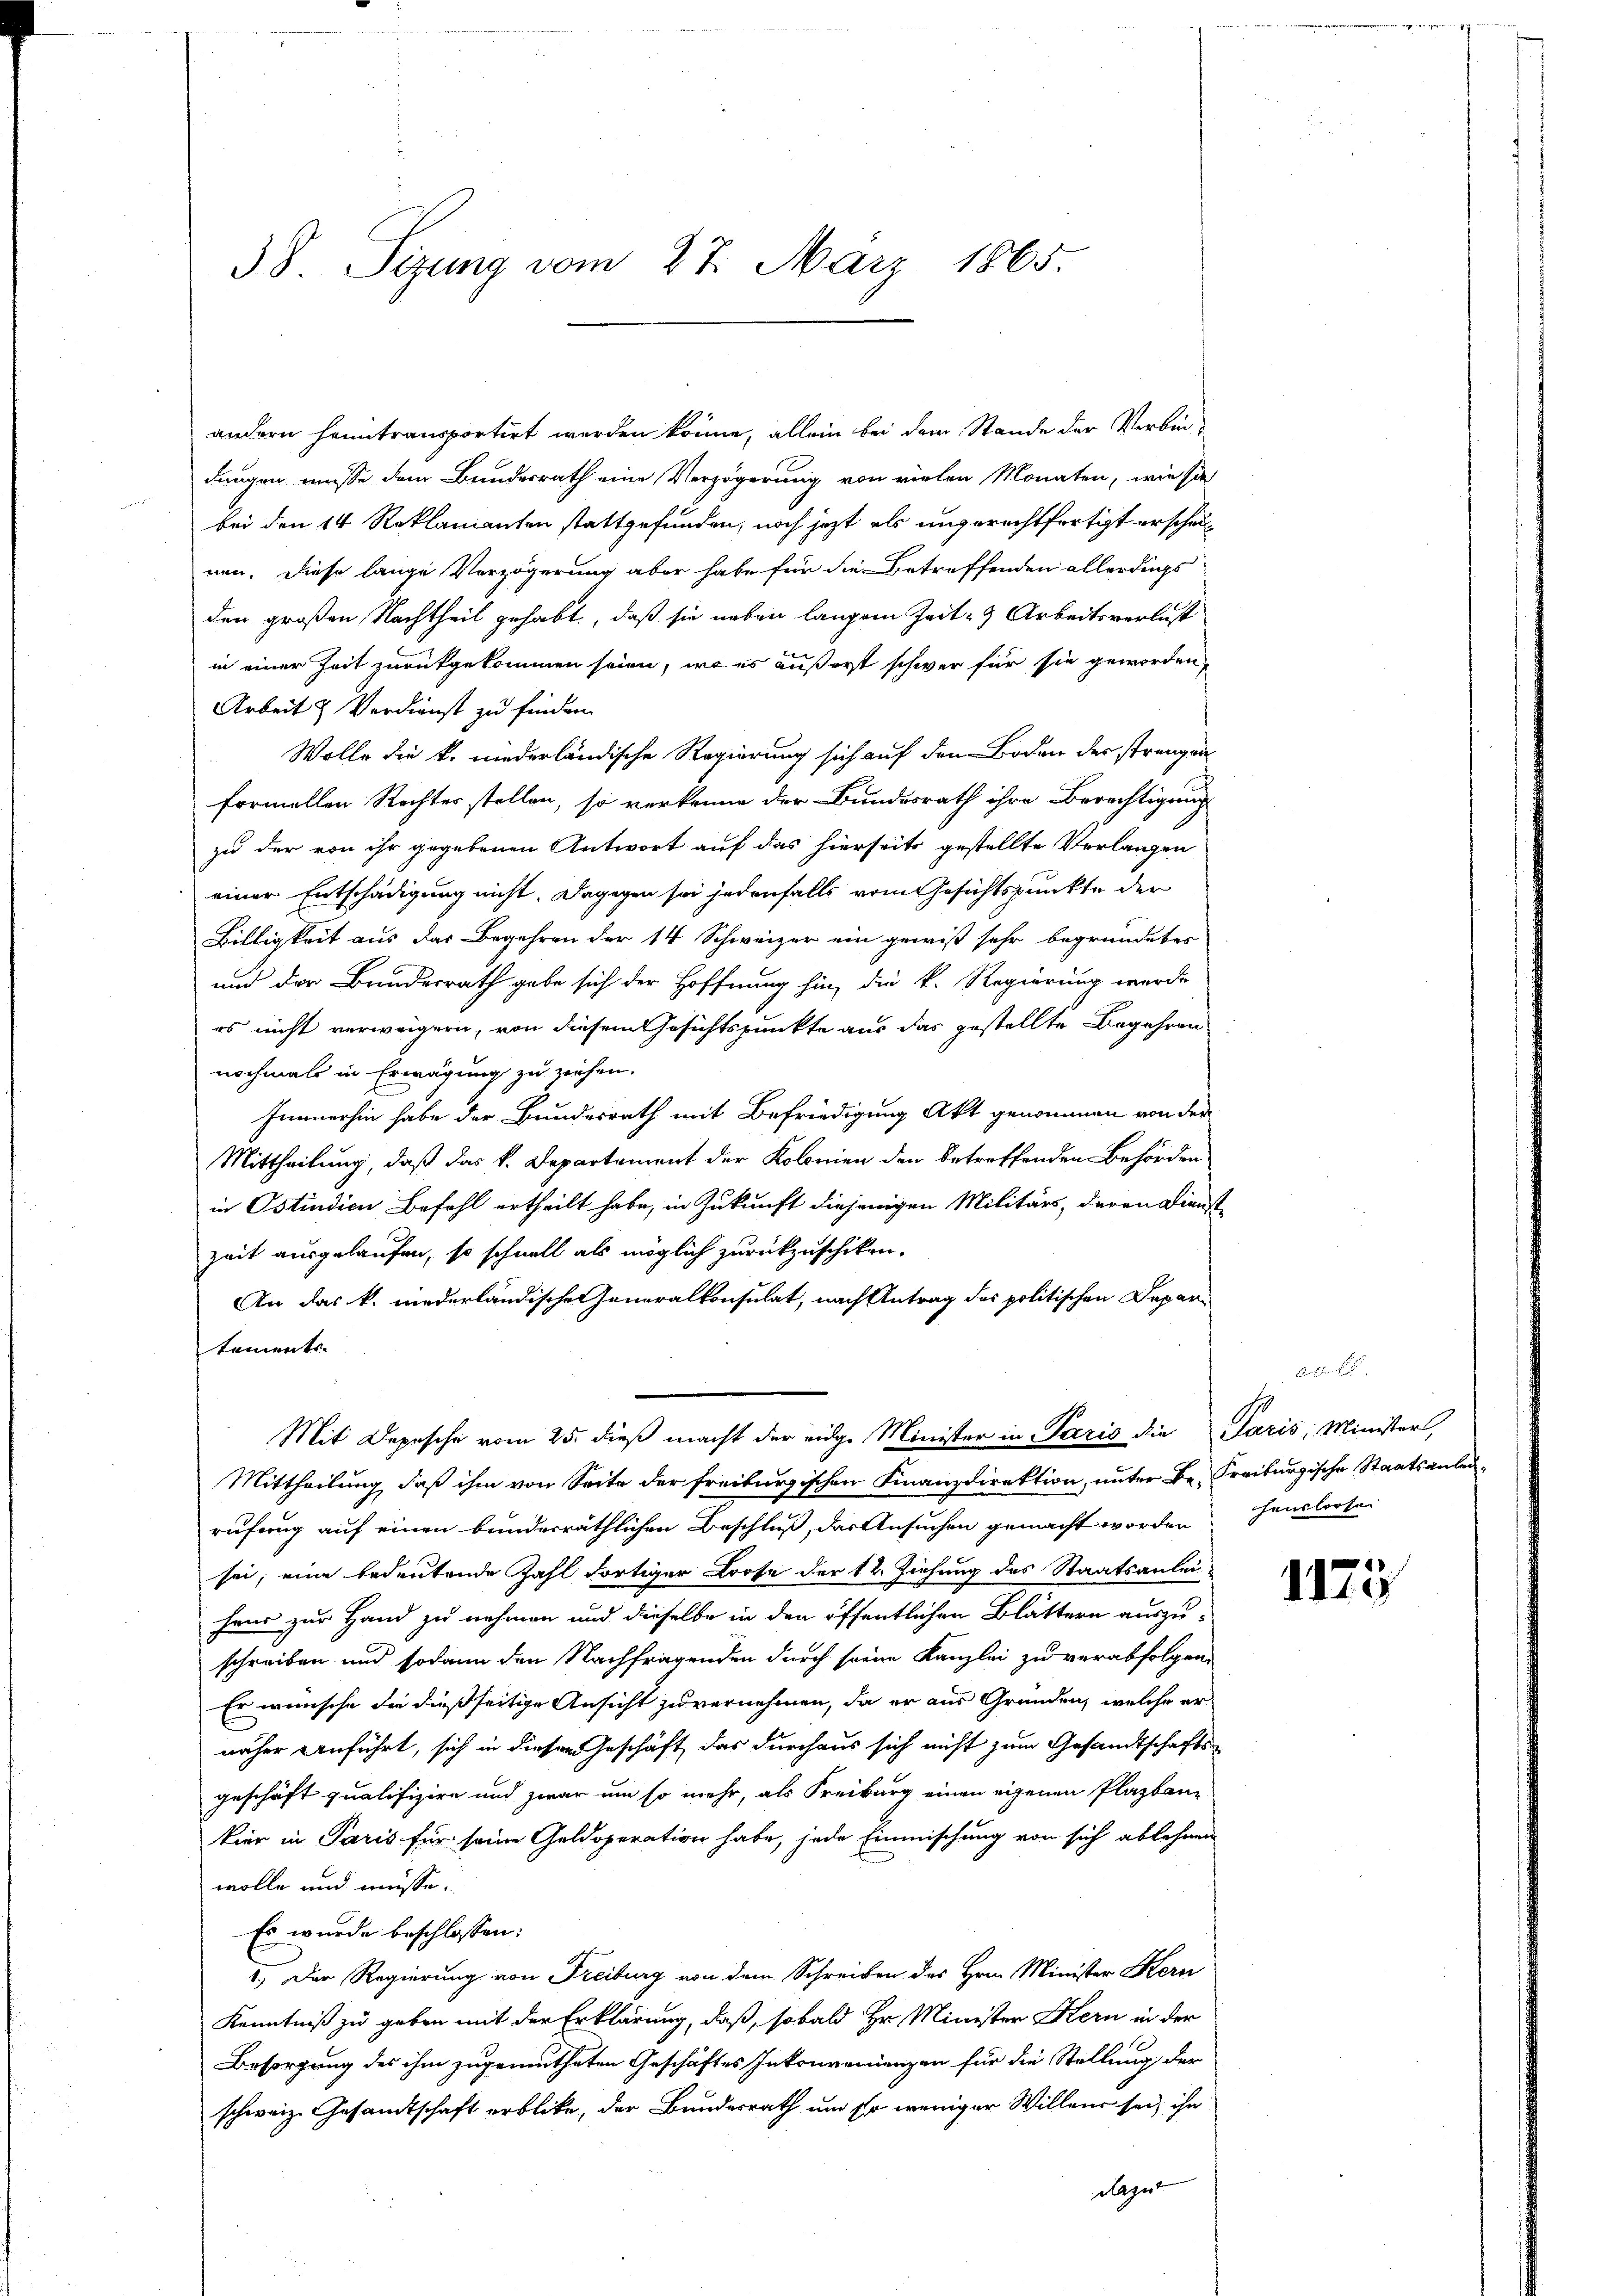
38. Sizung vom 27. März 1865.

andern heimtransportirt werden könne, allein bei dem Stande der Verbindungen müsse dem Bundesrath eine Verzögerung von vielen Monaten, wie sie
bei den 14 Reklamanten stattgefunden, noch jezt als ungerechtfertigt erscheinen. Diese lange Verzögerung aber habe für die Betreffenden allerdings
den großen Nachtheil gehabt, daß sie neben langem Zeit - 9 Arbeitsverlust
in einer Zeit zurükgekommen seien, wo es äußerst schwer für sie geworden,
Arbeit & Verdienst zu finden.
Wolle die k. niederländische Regierung sich auf den Boden der strengen
formellen Rechter stellen, so verkenne der Bundesrath ihre Berechtigung
zu der von ihr gegebenen Antwort auf das hierseits gestellte Verlangen
einer Entschädigung nicht. Dagegen sei jedenfalls vom Gesichtspunkte der
Billigkeit aus der Begehren der 14 Schweizer ein gewiß sehr begründetes
und der Bundesrath gabe sich der Hoffnung hin, die k. Regierung wurde
os nicht verweigern, von diesem Gesichtspunkte aus das gestellte Begehren
nochmals in Erwägung zu ziehen.
Innnerhin habe der Bundesrath mit Befriedigung Akt genommen von der
Mittheilung, daß das k. Departement der Kolonien den betreffenden Behörden
in Ostindien Befehl ertheilt habe, in Zukunft diejenigen Militärs, deren Dienstzeit ausgelaufen, so schnell als möglich zurückzuschiken.
An das k. niederländische Generalkonsulat, nach Antrag des politischen Departements- |
Mit Depesche vom 25. dieß macht der eidge Minister in Paris die Paris; Minister,
Mittheilung, daß ihm von Seite der freiburgischen Finanzdirektion, unter Be Freiburgische Staatsanleirufung auf einen bunderräthlichen Beschluß, das Ansuchen gemacht worden. Heusloose
sei; eine bedeutende Zahl dortiger Loose der 12. Ziehung des Staatsanleiheur zur Hand zu nehmen und dieselbe in den öffentlichen Blättern auszuschreiben und sodann den Nachfragenden durch seine Kanzlei zu verabfolgen,
Er wünsche die dießseitige Ansicht zu vernehmen, da er aus Gründen, welche er
näher anführt, sich in dieser Geschäft, das durchaus sich nicht zum Gesandtschafts-
geschäft qualifizire und zwar um so mehr, als Freiburg einen eigenen Plazbaue
kier in Paris für seine Geldoperation habe, jede Einmischung von sich ablehnen
wolle und müsse.
Es wurde beschlossen:
1.) Der Regierung von Freiburg von dem Schreiben des Hrn. Minister Kern
Kenntniß zu geben mit der Erklärung, daß, sobald Hr. Minister Kern in der
Besorgung des ihm zugemutheten Geschäftes Inkonvenienzen für die Stellung der
schweiz. Gesandtschaft erblicke, der Bundesrath um so weniger Willen sei, ihn
dazu

e

1173